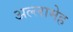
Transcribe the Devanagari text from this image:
अल्लामेह